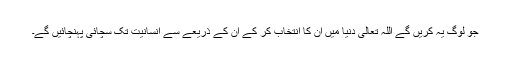
جو لوگ یہ کریں گے اللہ تعالیٰ دنیا میں ان کا انتخاب کر کے ان کے ذریعے سے انسانیت تک سچائی پہنچائیں گے۔